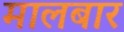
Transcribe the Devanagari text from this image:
मालबार